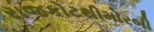
રાજકોટથીમોરબી